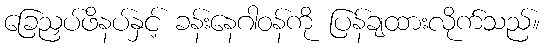
ခြေညှပ်ဖိနပ်နှင့် ခန်းနေဂါဝန်ကို ပြန်ချထားလိုက်သည်။